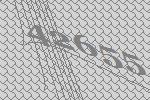
42655